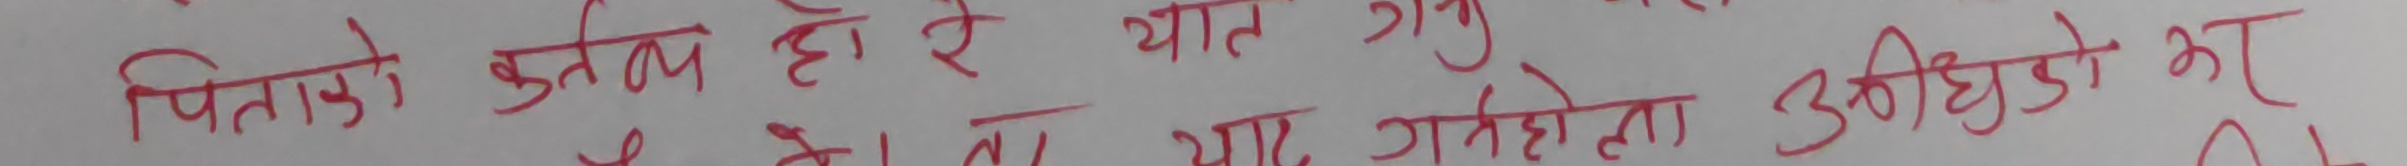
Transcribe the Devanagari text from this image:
पिताको कुतूहल हो रे यान हुनु
गर्ने होला उडीडको भएप